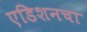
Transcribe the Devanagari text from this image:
एडिशनचा